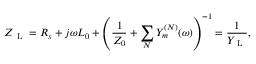
Z _ { \mathrm { ~ L ~ } } = R _ { s } + j \omega L _ { 0 } + \left( \frac { 1 } { Z _ { 0 } } + \sum _ { N } Y _ { m } ^ { ( N ) } ( \omega ) \right) ^ { - 1 } = \frac { 1 } { Y _ { \mathrm { ~ L ~ } } } ,